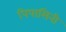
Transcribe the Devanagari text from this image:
पिपासिनी